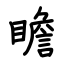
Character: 瞻